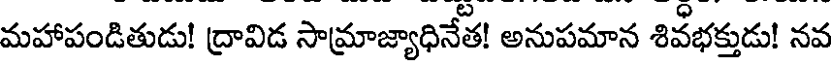
మహాపండితుడు! ద్రావిడ సామ్రాజ్యాధినేత! అనుపమాన శివభక్తుడు! నవ